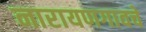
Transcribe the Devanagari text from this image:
नारायणगावचे